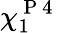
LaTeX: \chi_{1}^{\mathrm{~P~4~}}